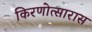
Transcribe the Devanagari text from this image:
किरणोत्सारास